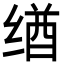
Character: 𬘶